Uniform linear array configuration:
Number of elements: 16
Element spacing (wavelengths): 0.5
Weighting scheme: exponential
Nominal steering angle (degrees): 45
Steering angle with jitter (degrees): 44.456
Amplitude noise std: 0.05
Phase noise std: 0.05

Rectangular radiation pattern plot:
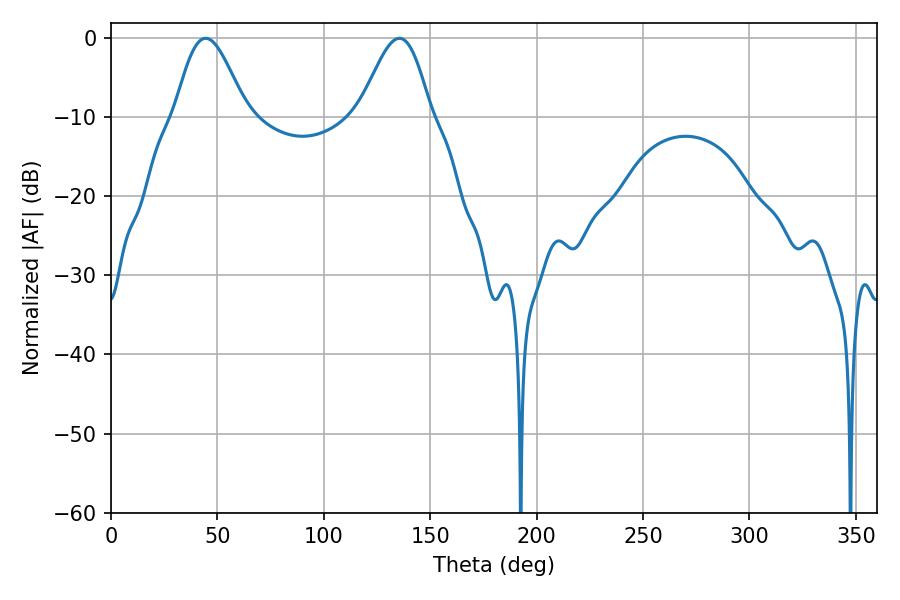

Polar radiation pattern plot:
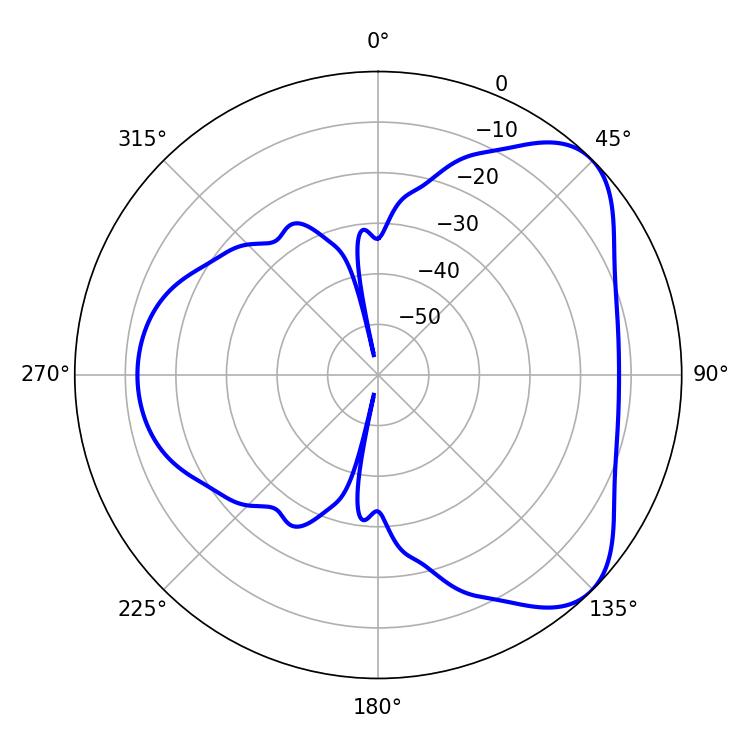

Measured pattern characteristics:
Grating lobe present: FALSE
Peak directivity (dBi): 5.899
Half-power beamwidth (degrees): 17.64
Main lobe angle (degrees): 44.46